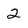
Character: 2